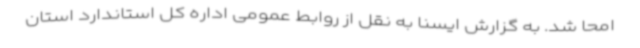
امحا شد. به گزارش ایسنا به نقل از روابط عمومی اداره کل استاندارد استان